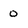
Character: 0